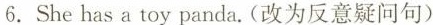
6.She has a toy panda.(改为反意疑问句)